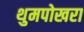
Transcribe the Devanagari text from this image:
थुमपोखरा